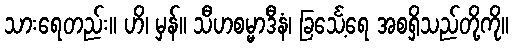
သားရေတည်း။ ဟိ၊ မှန်။ သီဟစမ္မာဒီနံ၊ ခြင်္သေ့ရေ အစရှိသည်တို့ကို။